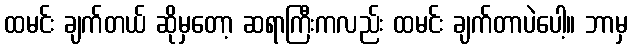
ထမင်း ချက်တယ် ဆိုမှတော့ ဆရာကြီးကလည်း ထမင်း ချက်တာပဲပေါ့။ ဘာမှ